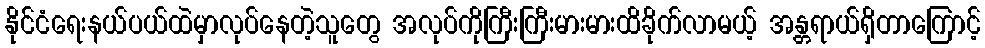
နိုင်ငံရေးနယ်ပယ်ထဲမှာလုပ်နေတဲ့သူတွေ အလုပ်ကိုကြီးကြီးမားမားထိခိုက်လာမယ့် အန္တရာယ်ရှိတာကြောင့်